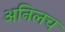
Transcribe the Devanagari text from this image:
अनिलच